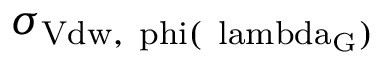
\sigma _ { \mathrm { { V d w } , \ p h i ( \ l a m b d a _ { G } ) } }